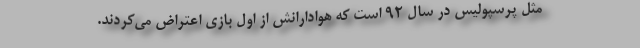
مثل پرسپولیس در سال 92 است که هوادارانش از اول بازی اعتراض می‌کردند.